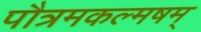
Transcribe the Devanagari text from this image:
पौत्रमकल्मषम्